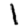
Digit: 1